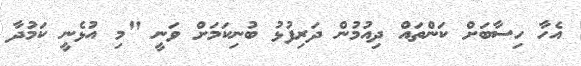
އެހާ ހިސާބަށް ކަންތައް ދިއުމުން ދަރިފުޅު ބުނިކަމަށް ވަނީ "މި އުޅެނީ ކަމުދާ